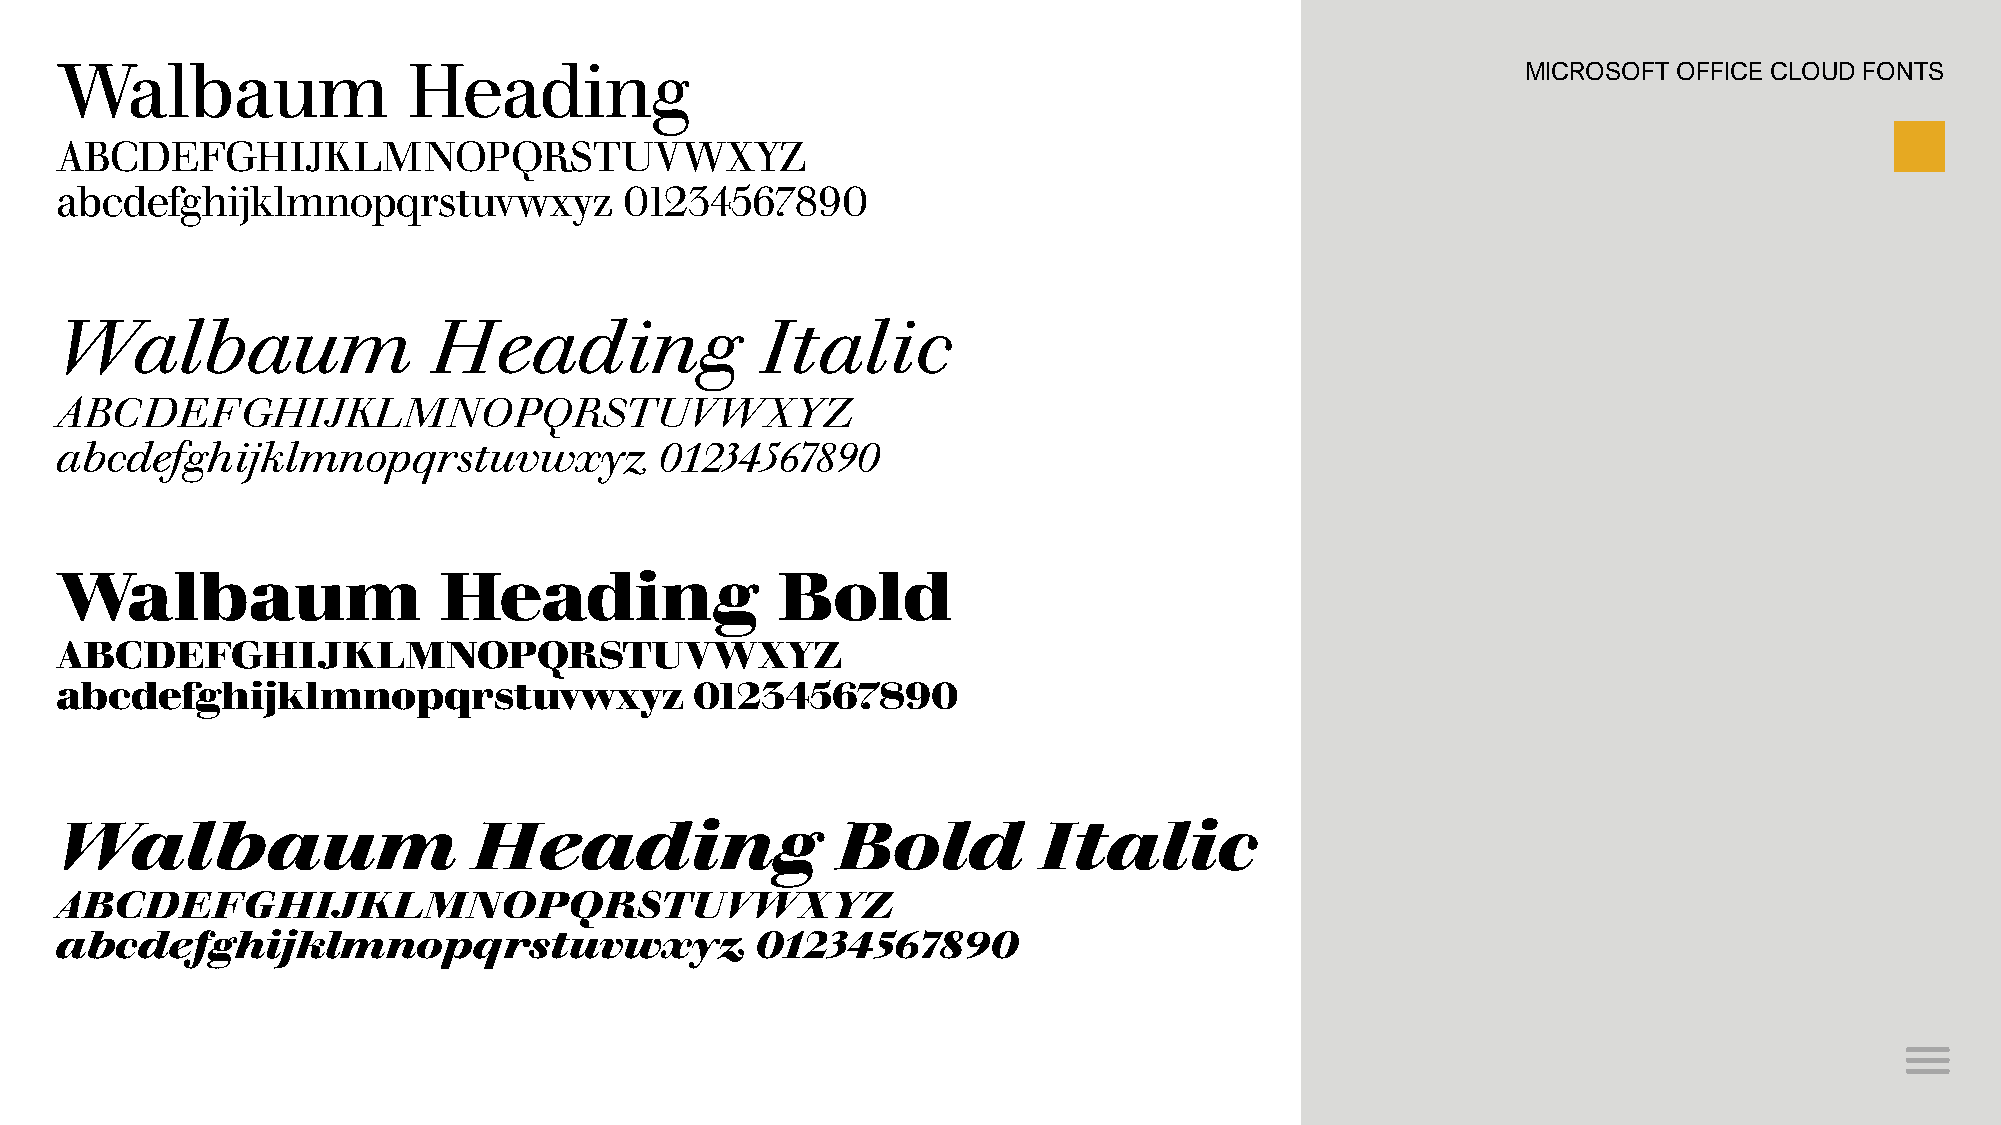
Walbaum                Heading                                                                   MICROSOFT OFFICE CLOUD FONTS
 ABCDEFGHIJKLMNOPQRSTUVWXYZ
 abcdefghijklmnopqrstuvwxyz           01234567890
 Walbaum                  Heading              Italic
 ABCDEFGHIJKLMNOPQRSTUVWXYZ
 abcdefghijklmnopqrstuvwxyz              01234567890
 Walbaum                  Heading               Bold
 ABCDEFGHIJKLMNOPQRSTUVWXYZ
 abcdefghijklmnopqrstuvwxyz                01234567890
 Walbaum                    Heading                 Bold          Italic
 ABCDEFGHIJKLMNOPQRSTUVWXYZ
 abcdefghijklmnopqrstuvwxyz                    01234567890